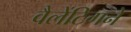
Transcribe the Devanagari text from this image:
वैलेंटिगने